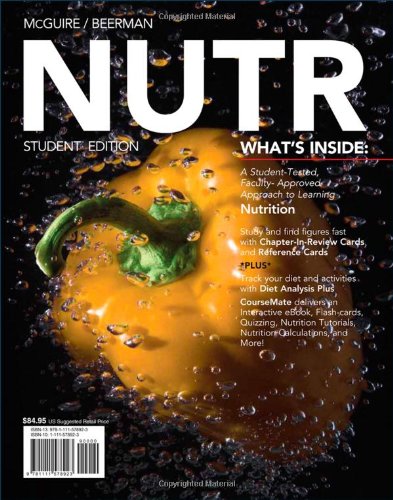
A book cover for NUTR (with Nutrition CourseMate with eBook, Diet Analysis Plus 2-Semester Printed Access Card) (New 1st Editions in Nutrition); Michelle McGuire; Medical Books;